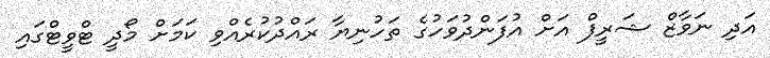
އަދި ނަވާޒް ޝަރީފް އަށް އުފަންދުވަހުގެ ތަހުނިޔާ ރައްދުކުރެއްވި ކަމަށް މޯދީ ޓްވީޓްގައި